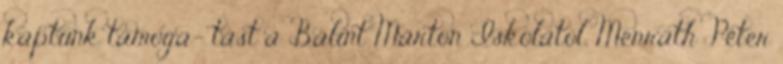
kaptunk támoga- tást a Bálint Márton Iskolától, Menráth Péter